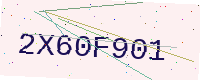
Text: 2X60F901